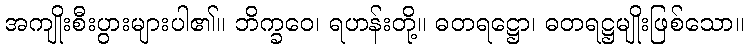
အကျိုးစီးပွားများပါ၏။ ဘိက္ခဝေ၊ ရဟန်းတို့။ ဓတရဋ္ဌော၊ ဓတရဋ္ဌမျိုးဖြစ်သော။